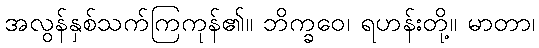
အလွန်နှစ်သက်ကြကုန်၏။ ဘိက္ခဝေ၊ ရဟန်းတို့။ မာတာ၊